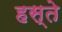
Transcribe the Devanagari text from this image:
हस्‍ते